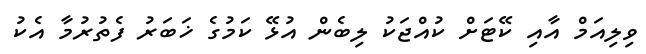
ވިލިއަމް އާއި ކޭޓަށް ކުއްޖަކު ލިބެން އުޅޭ ކަމުގެ ޚަބަރު ފެތުރުމާ އެކު